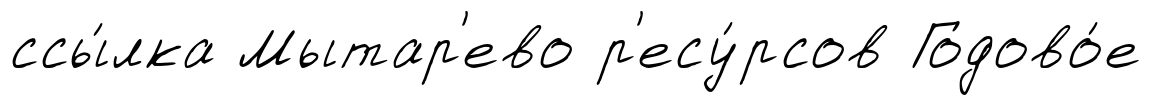
ссы́лка Мытар'ево р'есу́рсов Годово́е